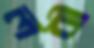
লবী